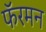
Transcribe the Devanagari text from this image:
फॅरमन